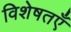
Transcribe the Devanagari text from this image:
विशेषतएँ